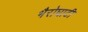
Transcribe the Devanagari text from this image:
भैरोघाटी